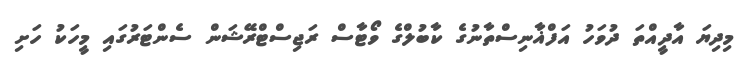
މިދިޔަ އާދީއްތަ ދުވަހު އަފްޣާނިސްތާނުގެ ކާބުލްގެ ވޯޓާސް ރަޖިސްޓްރޭޝަން ސެންޓަރުގައި މީހަކު ހަށި